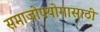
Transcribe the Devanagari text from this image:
समाजोपयोगासाठी